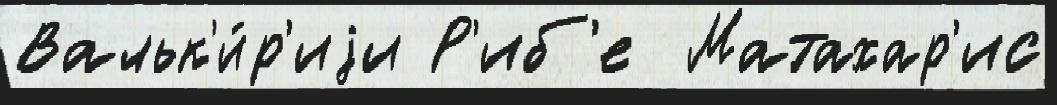
Вальк'и́р'иjи Р'иб'е  Матахар'ис